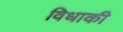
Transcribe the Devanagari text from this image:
विधाकी